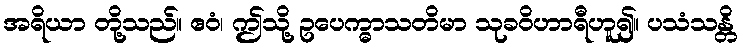
အရိယာ တို့သည်။ ဧဝံ၊ ဤသို့ ဥပေက္ဓာသတိမာ သုခဝိဟာရီဟူ၍။ ပသံသန္တိ